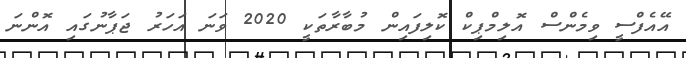
އޭއެފްސީ ވިމެންސް އޮލިމްޕިކް ކޮލިފައިންް މުބާރާތަކީ 2020 ވަނަ އަހަރު ޖަޕާނުގައި އޮންނަ